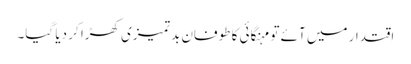
اقتدار میں آئے تو مہنگائی کا طوفان بد تمیزی کھڑا کر دیا گیا۔